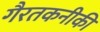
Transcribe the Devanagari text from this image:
गैरतकनीकी